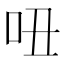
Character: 吜